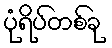
ပုံရိပ်တစ်ခု